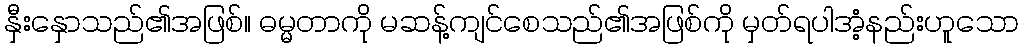
နှီးနှောသည်၏အဖြစ်။ ဓမ္မတာကို မဆန့်ကျင်စေသည်၏အဖြစ်ကို မှတ်ရပါအံ့နည်းဟူသော